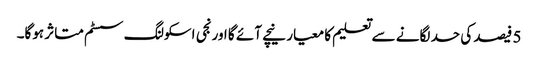
5 فیصد کی حد لگانے سے تعلیم کا معیار نیچے آئے گا اورنجی اسکولنگ سسٹم متاثر ہوگا۔